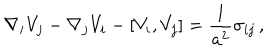
\nabla _ { i } V _ { j } - \nabla _ { j } V _ { i } - [ V _ { i } , V _ { j } ] = \frac { 1 } { a ^ { 2 } } \sigma _ { i j } \, ,